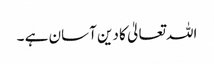
اللہ تعالیٰ کا دین آسان ہے ۔